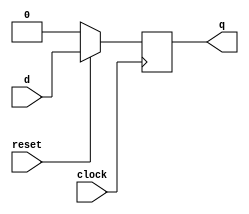
module dffrst(
  input reset,clock,d,
  output reg q);
  always@(posedge clock)
    begin
      if(!reset)
        q<=0;
      else
        q<=d;
    end
endmodule